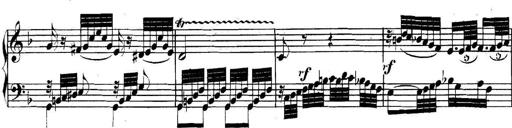
Title: Collected Piano Sonatas
Composer: Muzio Clementi